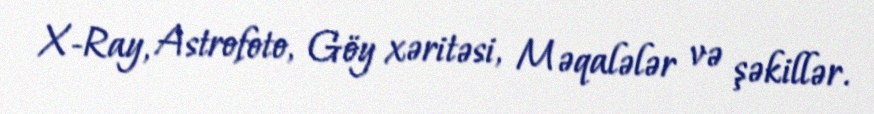
X-Ray, Astrofoto, Göy xəritəsi, Məqalələr və şəkillər.